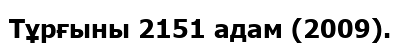
Тұрғыны 2151 адам (2009).